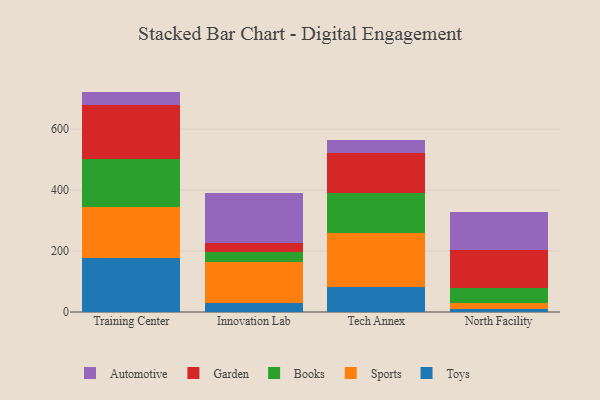
{"axis": {"x": "Campus", "y": "Headcount"}, "legend": ["Automotive", "Books", "Garden", "Sports", "Toys"], "data": [{"x": "Training Center", "y": 176.4, "type": "Toys"}, {"x": "Training Center", "y": 167.6, "type": "Sports"}, {"x": "Training Center", "y": 158.6, "type": "Books"}, {"x": "Training Center", "y": 175.8, "type": "Garden"}, {"x": "Training Center", "y": 44.7, "type": "Automotive"}, {"x": "Innovation Lab", "y": 28.3, "type": "Toys"}, {"x": "Innovation Lab", "y": 136.7, "type": "Sports"}, {"x": "Innovation Lab", "y": 33.3, "type": "Books"}, {"x": "Innovation Lab", "y": 28.4, "type": "Garden"}, {"x": "Innovation Lab", "y": 163.6, "type": "Automotive"}, {"x": "Tech Annex", "y": 81.9, "type": "Toys"}, {"x": "Tech Annex", "y": 175.8, "type": "Sports"}, {"x": "Tech Annex", "y": 132.7, "type": "Books"}, {"x": "Tech Annex", "y": 132.2, "type": "Garden"}, {"x": "Tech Annex", "y": 41.2, "type": "Automotive"}, {"x": "North Facility", "y": 10.1, "type": "Toys"}, {"x": "North Facility", "y": 18.2, "type": "Sports"}, {"x": "North Facility", "y": 50.0, "type": "Books"}, {"x": "North Facility", "y": 124.3, "type": "Garden"}, {"x": "North Facility", "y": 126.4, "type": "Automotive"}]}